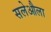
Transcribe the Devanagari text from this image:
सलेऔला